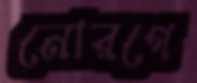
নোরগে